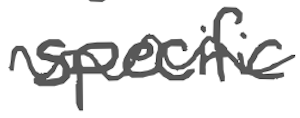
Text: specific
Cross-out: wave
Writing tool: digital_gray